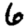
Digit: 6